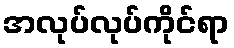
အလုပ်လုပ်ကိုင်ရာ